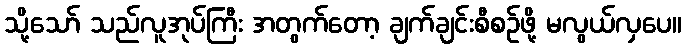
သို့သော် သည်လူအုပ်ကြီး အတွက်တော့ ချက်ချင်းစီစဉ်ဖို့ မလွယ်လှပေ။